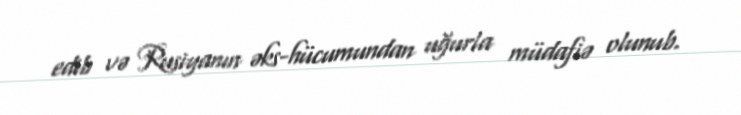
edib və Rusiyanın əks-hücumundan uğurla müdafiə olunub.